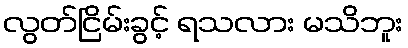
လွတ်ငြိမ်းခွင့် ရသလား မသိဘူး